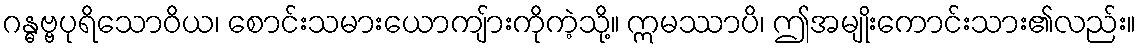
ဂန္ဓဗ္ဗပုရိသောဝိယ၊ စောင်းသမားယောကျ်ားကိုကဲ့သို့။ ဣမဿာပိ၊ ဤအမျိုးကောင်းသား၏လည်း။